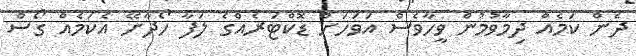
ދެން ކަމެއް ދިމާވުމުން ވީހާވެސް އަވަހަށް ޑޮކްޓަރެއްގެ ލަފާ ހޯދާށޭ އެކަމެއް ގޯސް